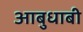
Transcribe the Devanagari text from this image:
आबुधाबी